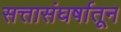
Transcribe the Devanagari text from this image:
सत्तासंघर्षातून